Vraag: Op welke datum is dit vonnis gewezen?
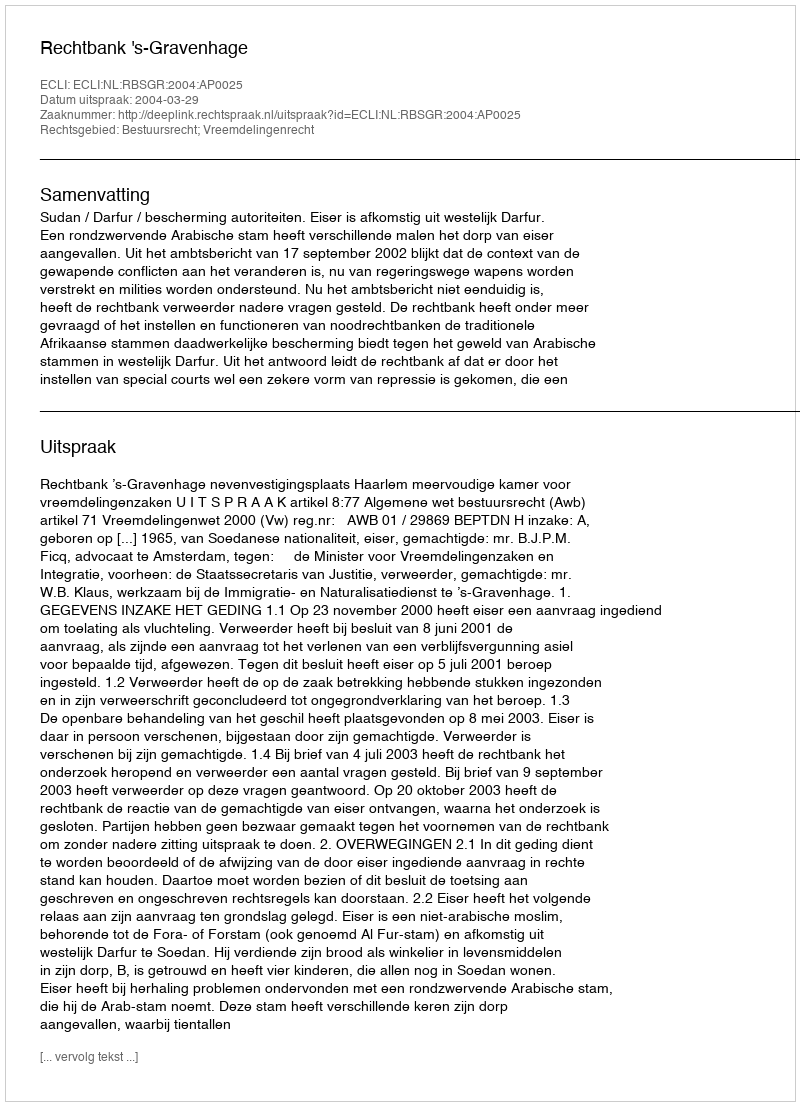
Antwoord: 2004-03-29